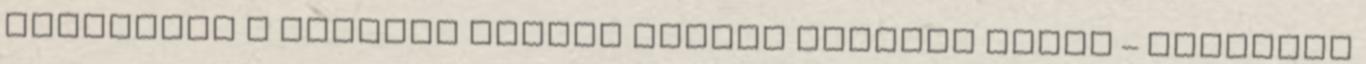
modelljei ● Osztott címtér shared address space – Implicit